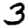
Digit: 3